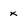
Character: x